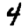
Digit: 4